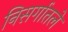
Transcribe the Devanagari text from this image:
निसर्गातले